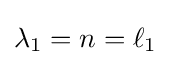
\lambda _{1}=n=\ell _{1}